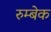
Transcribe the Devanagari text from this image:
रुम्बेक